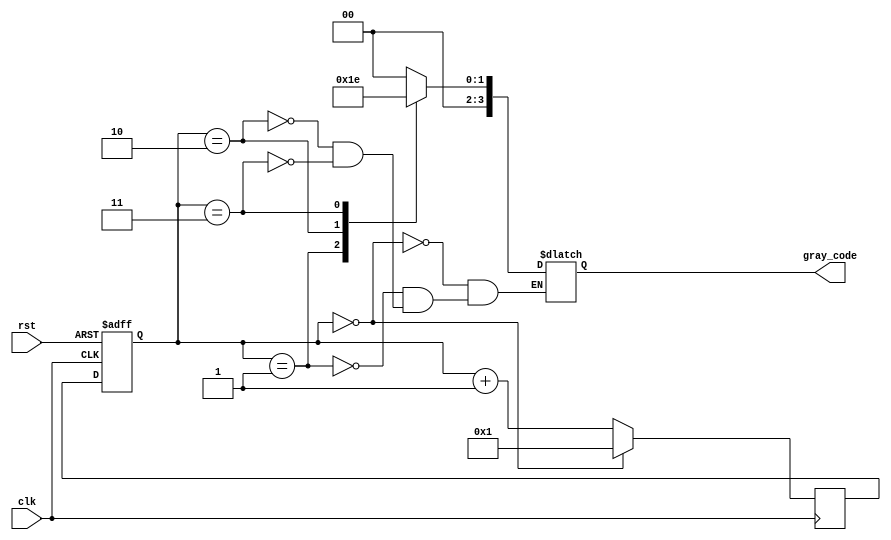
module gray_counter_clock_divider (
    input wire clk,
    input wire rst,
    output wire [N-1:0] gray_code
);

parameter N = 4; // specify the number of bits in the Gray code sequence

reg [N-1:0] counter;
reg [N-1:0] next_counter;
reg [N-1:0] gray_code_reg;

always @ (posedge clk or posedge rst) begin
    if (rst) begin
        counter <= 0;
        gray_code_reg <= 0;
    end else begin
        counter <= next_counter;
        gray_code_reg <= gray_code;
    end
end

always @ (posedge clk) begin
    if (counter == N'd0) begin
        next_counter <= N'd1;
    end else begin
        next_counter <= counter + N'd1;
    end
end

always @ (*) begin
    case (counter)
        N'd0: gray_code = N'b0000; // Gray code equivalent of counter value 0
        N'd1: gray_code = N'b0001; // Gray code equivalent of counter value 1
        N'd2: gray_code = N'b0011; // Gray code equivalent of counter value 2
        N'd3: gray_code = N'b0010; // Gray code equivalent of counter value 3
        // add more cases for higher bit Gray code sequences
    endcase
end

endmodule